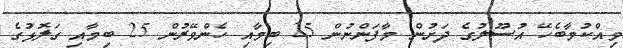
ވިއްކުމާބެހޭ އުސޫލުގެ ދަށުން މާފަންނުން 25 ބިމާއި ހެންވޭރުން 25 ބިމާއި ގަލޮޅުގެ